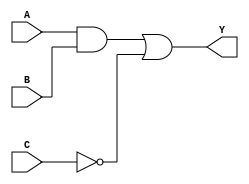
module combinational_logic_block (
    input wire A,      // Input A
    input wire B,      // Input B
    input wire C,      // Input C
    output wire Y      // Output Y
);

// Internal signals
wire and_output;     // Intermediate signal for AND operation
wire not_output;     // Intermediate signal for NOT operation

// Logic implementation
assign and_output = A & B;      // AND operation
assign not_output = ~C;          // NOT operation
assign Y = and_output | not_output; // OR operation

endmodule